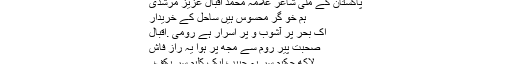
پاکستان کے ملی شاعر علامہ محمد اقبال عزیزِ مُرشدی
ہم خو گرِ محسوس ہیں ساحل کے خریدار
اک بحر پُر آشوب و پُر اسرار ہے رومی .اقبال
صحبت پیر روم سے مجھ پر ہوا یہ راز فاش
لاکھ حکیم سر بہ حبیب ایک کلیم سر بکف ۔